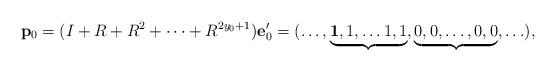
LaTeX: \begin{align*} {\bf p}_0 = (I + R + R^2 + \cdots + R^{2y_0 + 1}){\bf e}'_0 = ( \dots, \underbrace{ {\bf{1}}, 1, \dots 1, 1}_{} , \underbrace{0, 0, \dots ,0, 0}_{}, \ldots ),\end{align*}